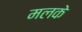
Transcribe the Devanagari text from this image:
मलके